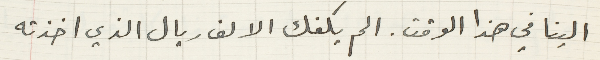
الينا في هذا الوقت. الم يكفك الالف ريال الذي اخذته